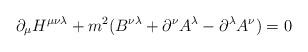
LaTeX: \begin{align*}\partial_\mu H^{\mu\nu\lambda} + m^2 (B^{\nu\lambda} + \partial^\nu A^\lambda- \partial^\lambda A^\nu ) = 0 \end{align*}